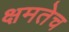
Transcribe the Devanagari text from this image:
क्षमतेच